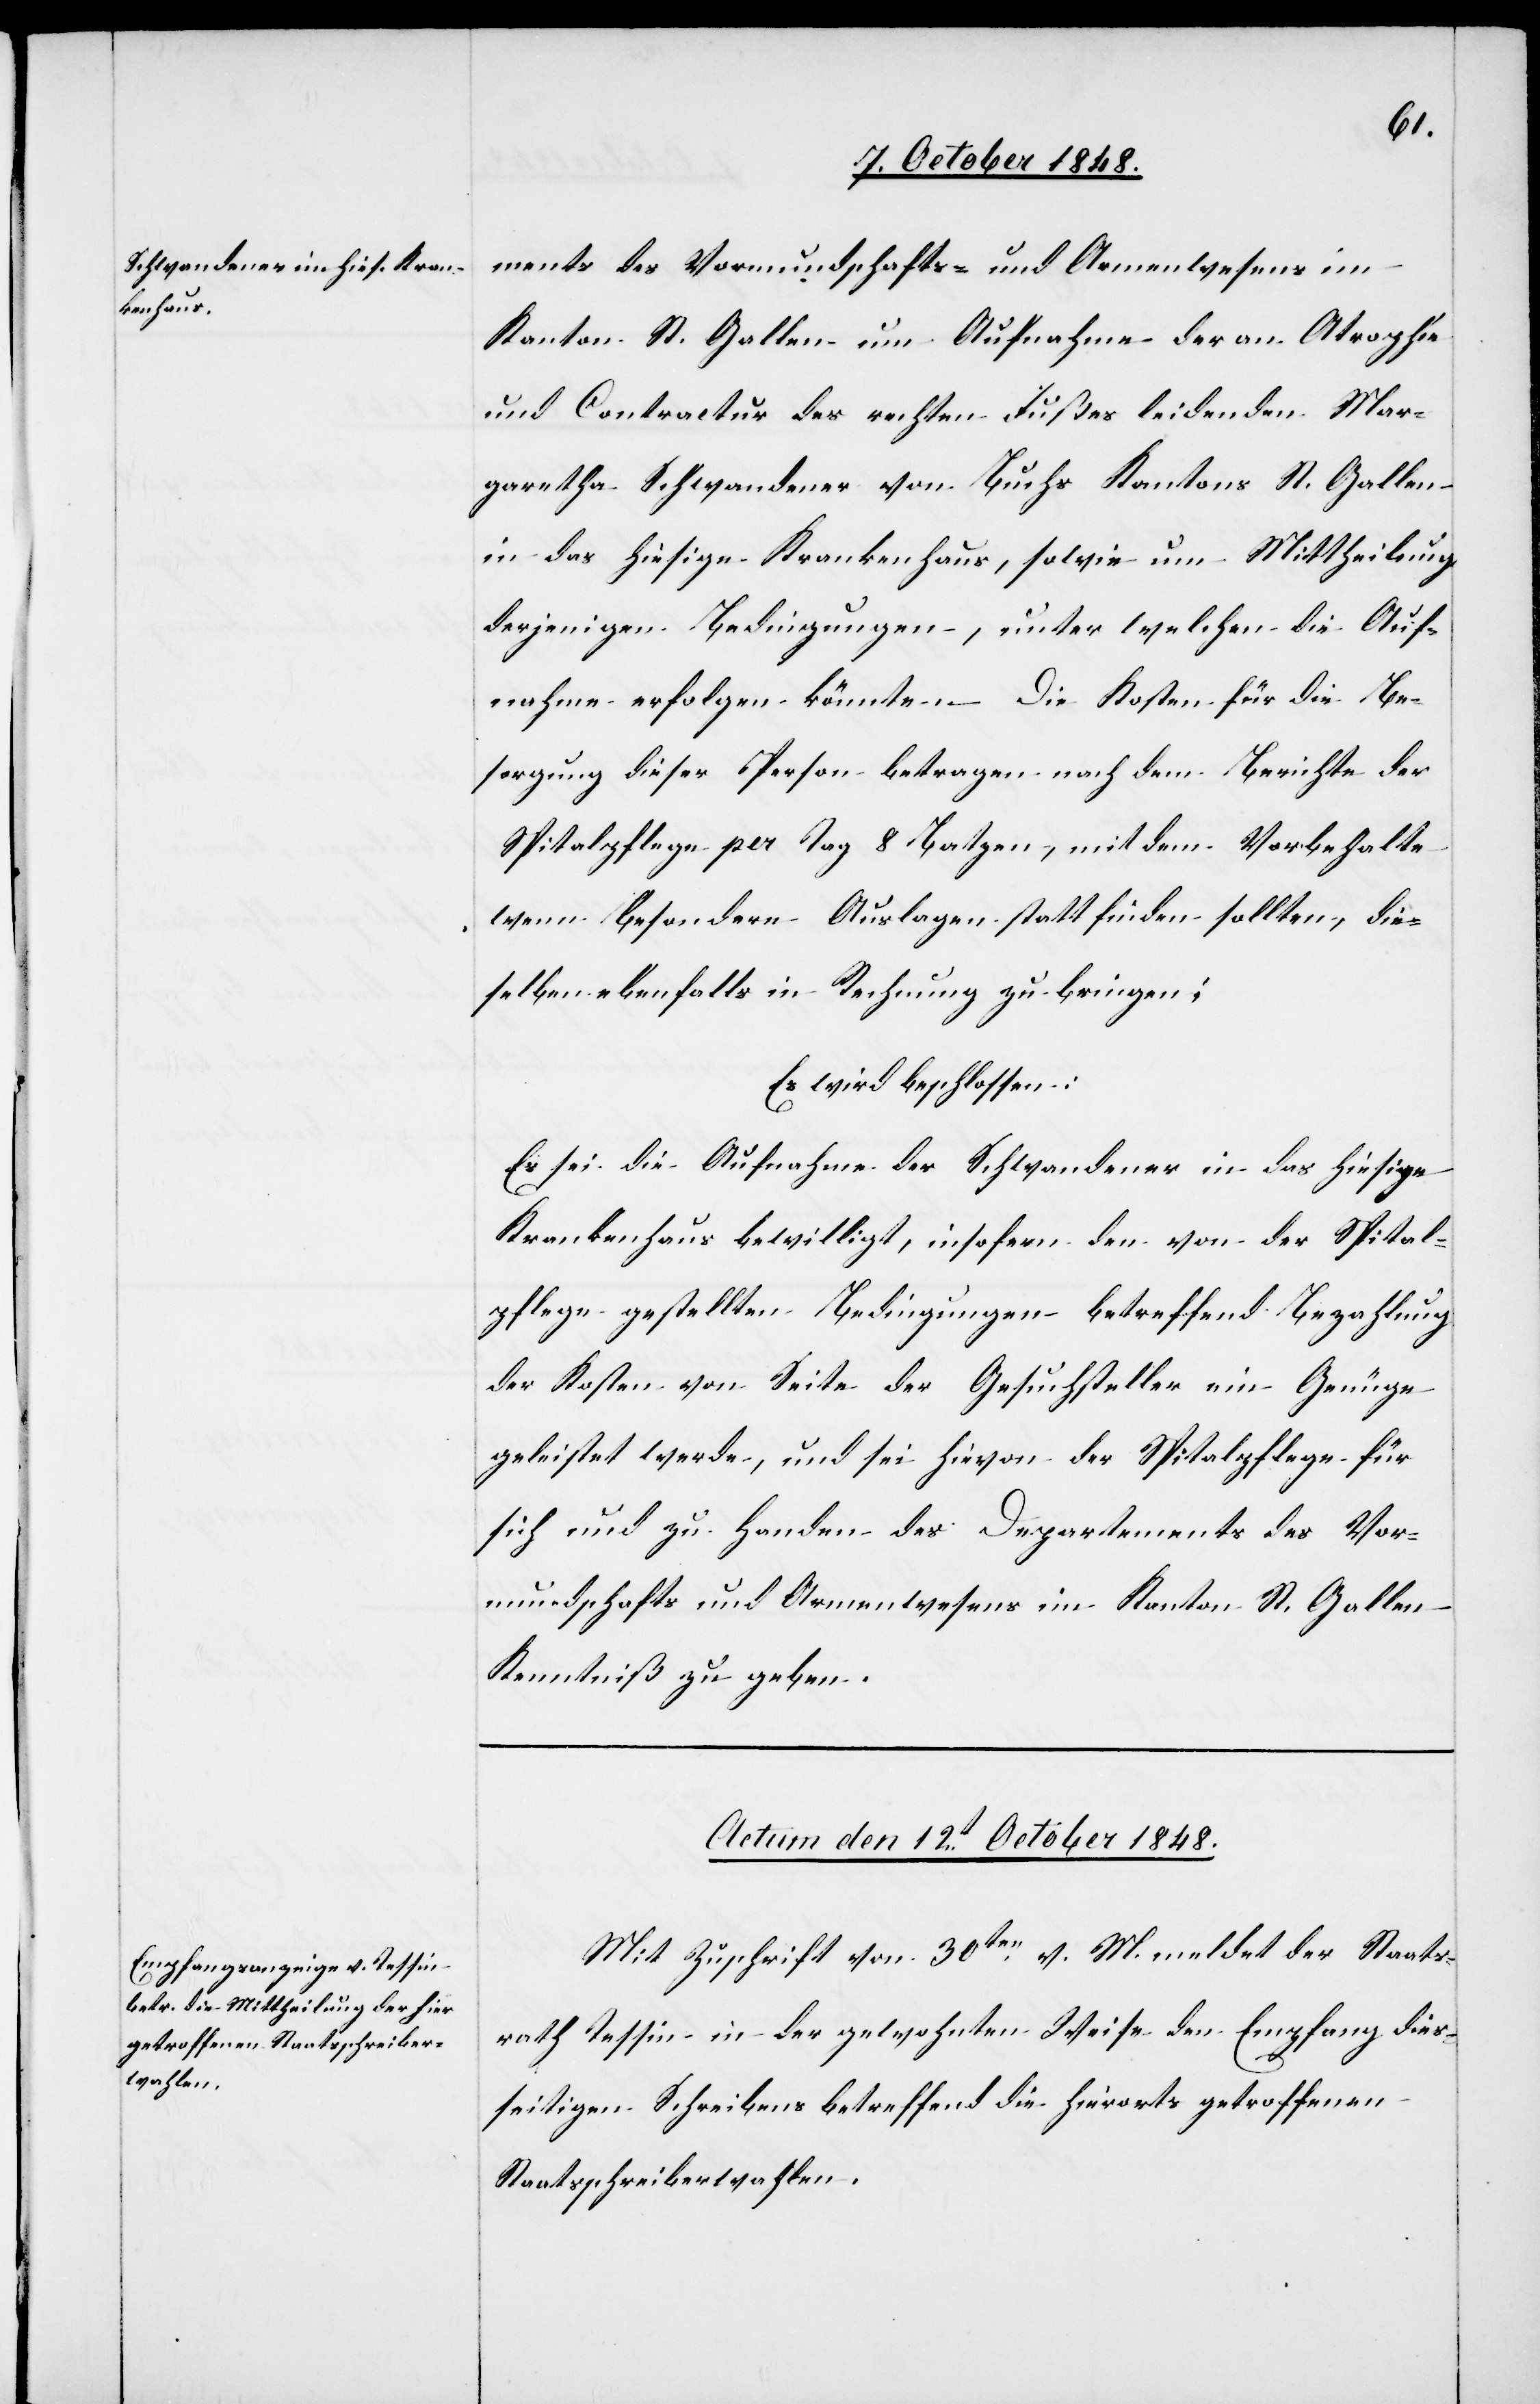
ments des Vormundschafts- und Armenwesens im
Kanton St. Gallen um Aufnahme der an Atrophie
und Contractur des rechten Fußes leidenden Mar¬
garetha Schwandener von Buchs Kantons St. Gallen
in das hiesige Krankenhaus, sowie um Mittheilung
derjenigen Bedingungen, unter welchen die Auf¬
nahme erfolgen könnte. – Die Kosten für die Be¬
sorgung dieser Person betragen nach dem Berichte der
Spitalpflege per Tag 8 Batzen, mit dem Vorbehalte
wenn besondere Auslagen statt finden sollten, die¬
selben ebenfalls in Rechnung zu bringen;
Es wird beschlossen:
Es sei die Aufnahme der Schwandener in das hiesige
Krankenhaus bewilligt, insofern den von der Spital¬
pflege gestellten Bedingungen betreffend Bezahlung
der Kosten von Seite der Gesuchstellter ein Genüge
geleistet werde, und sei hievon der Spitalpflege für
sich und zu Handen des Departements des Vor¬
mundschafts[-] und Armenwesens im Kanton St. Gallen
Kenntniß zu geben.
Actum den 12t October 1848.
Mit Zuschrift vom 30ten v. M. meldet der Staats¬
rath Tessin in der gewohnten Weise den Empfang dies¬
seitigen Schreibens betreffend die hierorts getroffenen
Staatsschreiberwahlen.